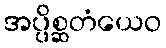
အပ္ပိစ္ဆတံယေဝ